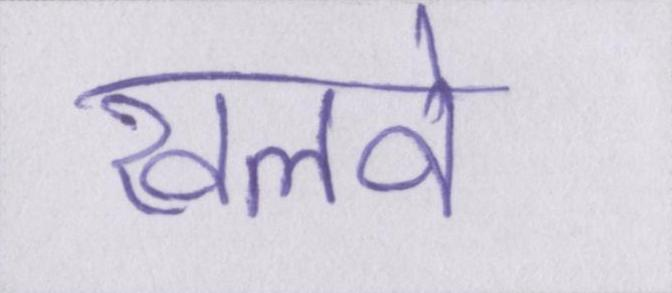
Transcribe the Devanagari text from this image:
खलवे